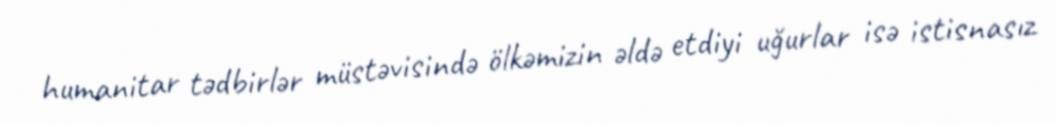
humanitar tədbirlər müstəvisində ölkəmizin əldə etdiyi uğurlar isə istisnasız